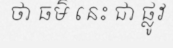
ថា ធម៌ នេះ ជា ផ្លូវ